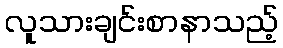
လူသားချင်းစာနာသည့်